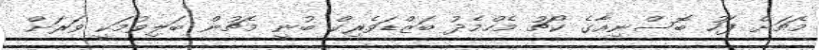
މެޗަށް ފަހު ބޮސްނިއާގެ ކޯޗު މެހްމެދު ބަޒްޑަވެރިކް ބުނީ މެޗުން ބަލިވުމަކީ ވަރަށް